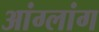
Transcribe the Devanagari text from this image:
आंग्लांग